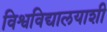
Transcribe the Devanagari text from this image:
विश्वविद्यालयाशी